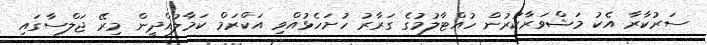
ސަރުކާރާ އެކު މަޝްވަރާކުރުން ހުއްޓާލުމުގެ ގަރާރު ހުށަހެޅުއްވި އަކްރަމް ކަމާލުއްދީން މިރޭ ޖަލްސާގައި